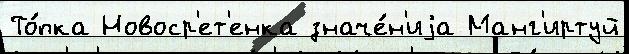
То́пка Новоср'ет'енка значе́н'иjа Манг'иртуй